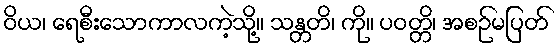
ဝိယ၊ ရေစီးသောကာလကဲ့သို့။ သန္တတိ၊ ကို။ ပဝတ္တိ၊ အစဉ်မပြတ်